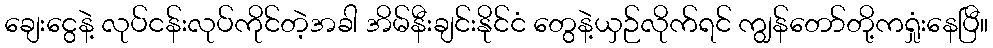
ချေးငွေနဲ့ လုပ်ငန်းလုပ်ကိုင်တဲ့အခါ အိမ်နီးချင်းနိုင်ငံ တွေနဲ့ယှဉ်လိုက်ရင် ကျွန်တော်တို့ကရှုံးနေပြီ။